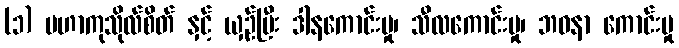
(၁) မဟာကုသိုလ်စိတ် နှင့် ယှဉ်ပြီး ဒါနကောင်းမှု၊ သီလကောင်းမှု၊ ဘဝနာ ကောင်းမှု